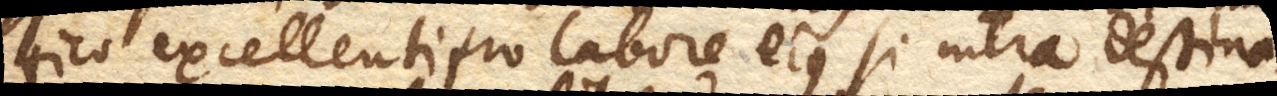
tico excellenti pro labore ejus si intra destina–